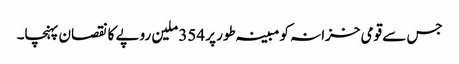
جس سے قومی خزانہ کو مبینہ طور پر 354 ملین روپے کا نقصان پہنچا۔